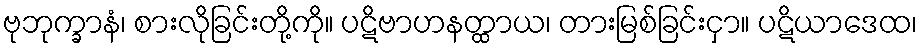
ဗုဘုက္ခာနံ၊ စားလိုခြင်းတို့ကို။ ပဋိဗာဟနတ္ထာယ၊ တားမြစ်ခြင်းငှာ။ ပဋိယာဒေထ၊